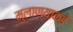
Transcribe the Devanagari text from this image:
मुलाण्याकडे